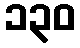
၁၃၀